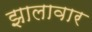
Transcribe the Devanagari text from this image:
झालावार